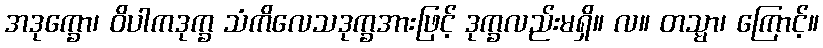
အဒုက္ခော၊ ဝိပါကဒုက္ခ သံကိလေသဒုက္ခအားဖြင့် ဒုက္ခလည်းမရှိ။ လ။ တသ္မာ၊ ကြောင့်။